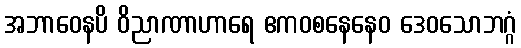
အဘာဝေနပိ ဝိညာဏာဟာရေ ဧကဝစနေနေဝ ဒေဝသောဘဂ္ဂံ